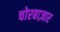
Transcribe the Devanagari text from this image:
चोरबाज़ार